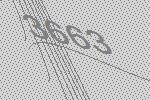
3663